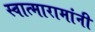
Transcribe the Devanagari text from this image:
स्वात्मारामांनी